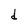
Character: d